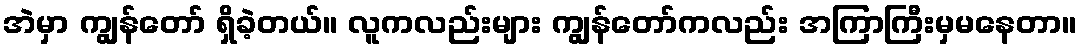
အဲမှာ ကျွန်တော် ရှိခဲ့တယ်။ လူကလည်းများ ကျွန်တော်ကလည်း အကြာကြီးမှမနေတာ။